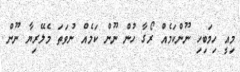
މިއީ ހިމަބިހި ނޫންކަމެއް ރޯގާ ހުން ނޫން ކަމެއް ނުވަތަ މެލޭރިޔާ ނޫން